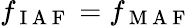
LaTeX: f_{\mathrm{~I~A~F~}}=f_{\mathrm{~M~A~F~}}